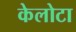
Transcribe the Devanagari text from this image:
केलोटा